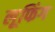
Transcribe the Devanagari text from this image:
लूफिंग